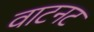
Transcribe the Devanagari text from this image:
वाटनट